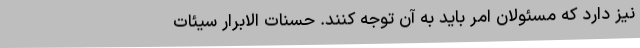
نیز دارد که مسئولان امر باید به آن توجه کنند. حسنات الابرار سیئات